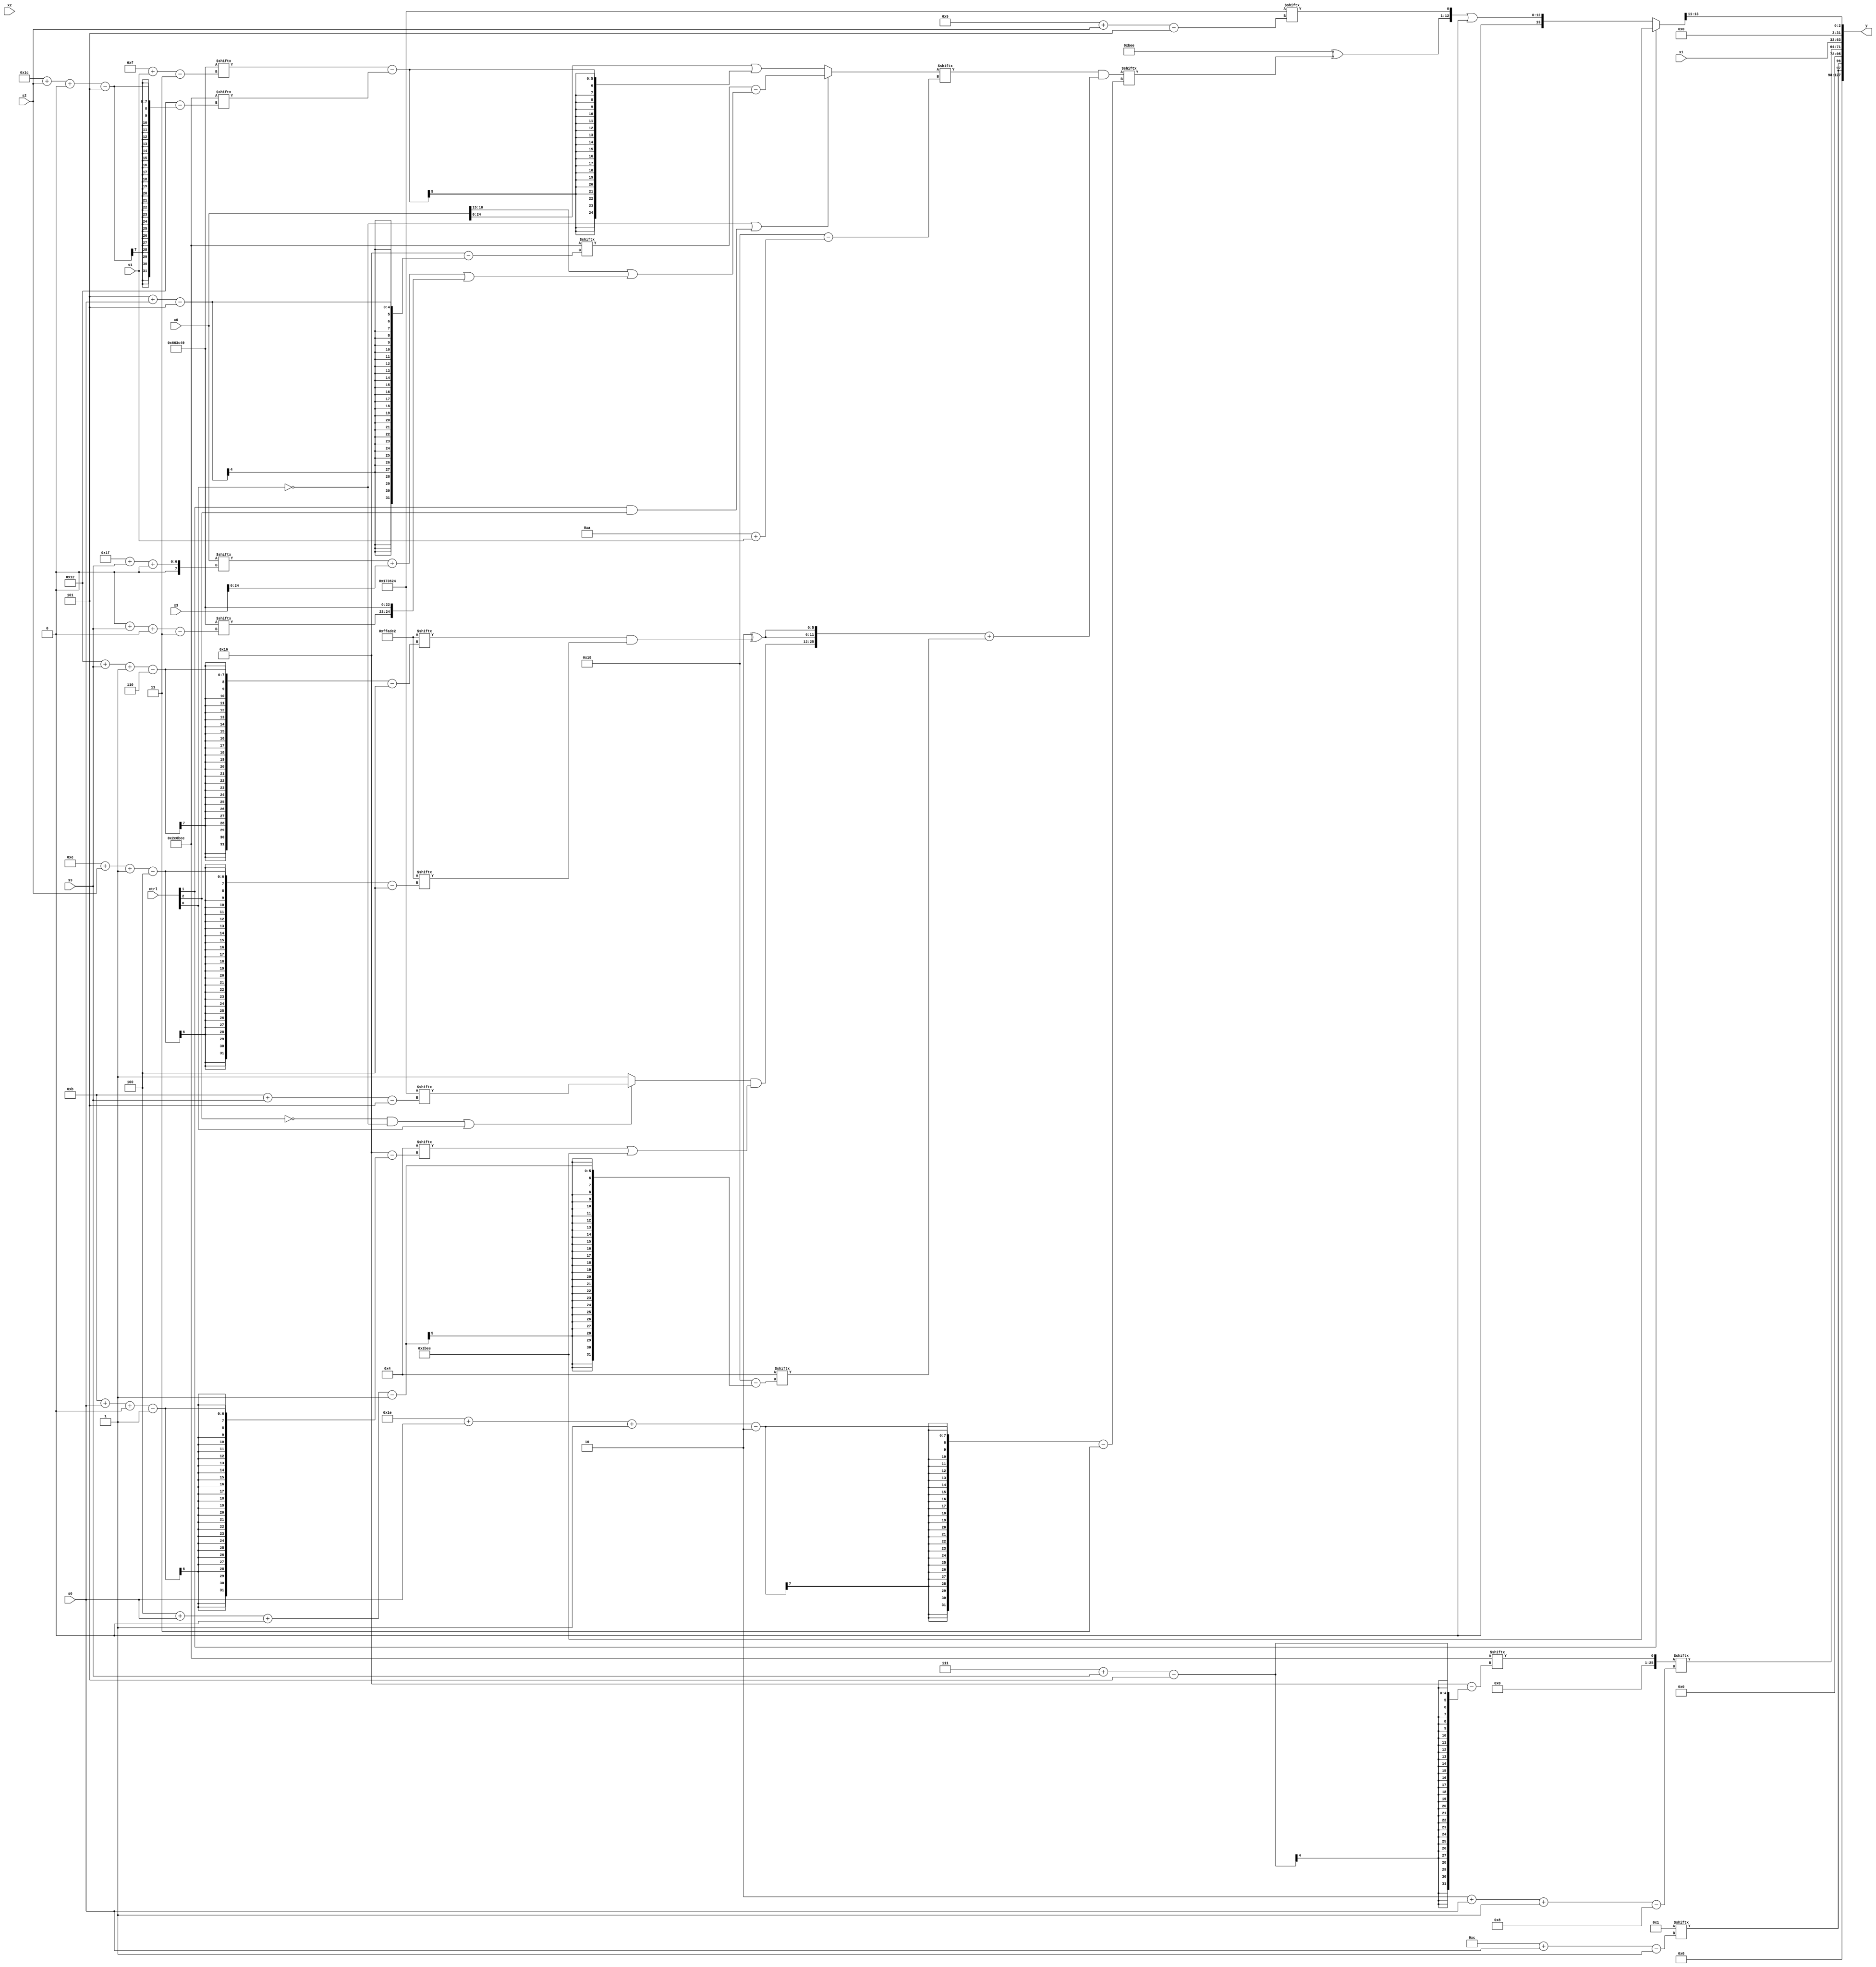
module partsel_00032(ctrl, s0, s1, s2, s3, x0, x1, x2, x3, y);
  input [3:0] ctrl;
  input [2:0] s0;
  input [2:0] s1;
  input [2:0] s2;
  input [2:0] s3;
  input signed [31:0] x0;
  input [31:0] x1;
  input signed [31:0] x2;
  input [31:0] x3;
  wire [0:24] x4;
  wire signed [25:0] x5;
  wire [1:25] x6;
  wire signed [30:1] x7;
  wire signed [1:28] x8;
  wire [28:3] x9;
  wire [29:6] x10;
  wire [30:6] x11;
  wire [29:5] x12;
  wire signed [29:7] x13;
  wire [2:31] x14;
  wire [30:3] x15;
  output [127:0] y;
  wire signed [31:0] y0;
  wire [31:0] y1;
  wire [31:0] y2;
  wire [31:0] y3;
  assign y = {y0,y1,y2,y3};
  localparam [27:5] p0 = 236402212;
  localparam [5:27] p1 = 422341614;
  localparam [25:3] p2 = 937835593;
  localparam [27:4] p3 = 16756194;
  assign x4 = (!ctrl[0] || ctrl[1] && ctrl[2] ? (p1[5 + s0] - (x0[18 -: 4] | ((x0[31 + s3 +: 3] + x3) | {p2[0 + s3 +: 8], p2}))) : ({((x0 | x1) | p0[11 + s0]), {{(p0[17] ^ x0), x3[10]}, x0}} | (p2[15 + s1] - p1[28 + s2 +: 5])));
  assign x5 = p1[7 + s3];
  assign x6 = (p0[19 -: 1] - {2{{2{p1[5 + s0 -: 7]}}}});
  assign x7 = p2[14];
  assign x8 = p2[13 -: 3];
  assign x9 = (x4[10 + s1] & ({((!ctrl[2] && !ctrl[0] || ctrl[0] ? p0[11 + s3] : p1[8]) & (x8[11 + s0 +: 6] | p1)), {2{(p2[20 -: 2] ^ (p3[18 + s3 -: 6] & p3[14 + s2 -: 4]))}}} + x8[4 + s0 +: 4]));
  assign x10 = (!ctrl[3] && ctrl[3] || ctrl[2] ? {2{x2}} : ({(ctrl[2] || ctrl[2] || ctrl[0] ? {2{((x4 - p3) + x4[4 + s1])}} : p2[16 + s2 +: 5]), p1[8]} | p0[11 + s3]));
  assign x11 = (x0[11 +: 1] - ({2{((((p1 | x1[12 -: 2]) & (p0[6 + s0 -: 8] & ((x9[17 + s3] | x8) | x1[16 -: 2]))) + p3[14]) & (x7[16 + s2 -: 7] ^ p1[10 +: 3]))}} & {2{((ctrl[2] || ctrl[1] && !ctrl[0] ? x0[8] : x8[18 + s3 +: 8]) & (p3 - p2[12 + s0 +: 8]))}}));
  assign x12 = x1[10 + s2];
  assign x13 = {(p2[21 + s1 +: 3] & ({2{(p3 - p0[12 +: 4])}} + (!ctrl[0] && ctrl[1] || ctrl[1] ? p3[31 + s0 +: 6] : (((x4[19] - (p3[18 -: 4] - ((p1[16 + s2] & p2) - x8))) & p0[11 +: 3]) - x3)))), (ctrl[3] && ctrl[2] && ctrl[1] ? p0 : {2{x3}})};
  assign x14 = (!ctrl[1] && ctrl[1] || !ctrl[1] ? ({2{{2{{(p1 ^ x9[30 + s0 -: 2]), p0[9 + s2]}}}}} | p2[11 +: 2]) : p1);
  assign x15 = ((p0[13] | (ctrl[2] && ctrl[2] && !ctrl[2] ? {p1, p1[14 + s3 +: 7]} : (ctrl[1] || !ctrl[3] && !ctrl[1] ? (p2 ^ (p0[9 +: 2] | p0[6 + s0 +: 5])) : p2[15]))) - {x2[16 +: 3], (x10[10 +: 1] - ((p0 - (x2[1 + s3 -: 8] + p1[16 + s3])) - (p1[28 + s1 +: 8] | x8)))});
  assign y0 = {2{x7[12 + s0]}};
  assign y1 = x5[2 + s0 -: 8];
  assign y2 = x1;
  assign y3 = x14[20 -: 3];
endmodule